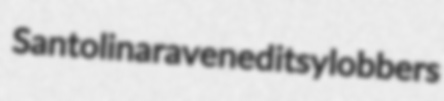
Santolina ravened itsy lobbers